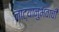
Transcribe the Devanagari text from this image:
नाट्यानुभवाची